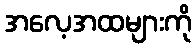
အလေ့အထများကို